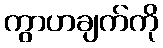
ကွာဟချက်ကို